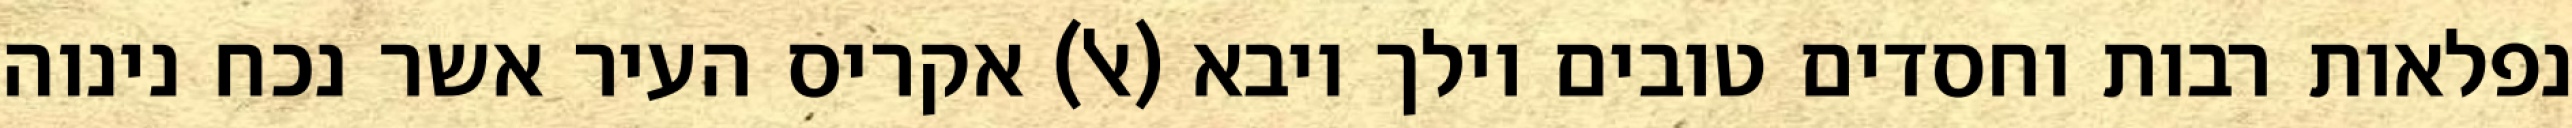
נפלאות רבות וחסדים טובים וילך ויבא (אל) אקריס העיר אשר נכח נינוה